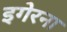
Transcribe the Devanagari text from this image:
इगेरना